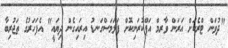
"ދުވަން ޓްރެކަށް އަރަން ވާރމް އަޕްކުރަނިކޮށް ފަލަމަސްގަނޑު އިރައިގެން ދިޔައީ" އެފަހަރުގެ ތަޖުރިބާ